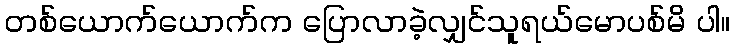
တစ်ယောက်ယောက်က ပြောလာခဲ့လျှင်သူရယ်မောပစ်မိ ပါ။